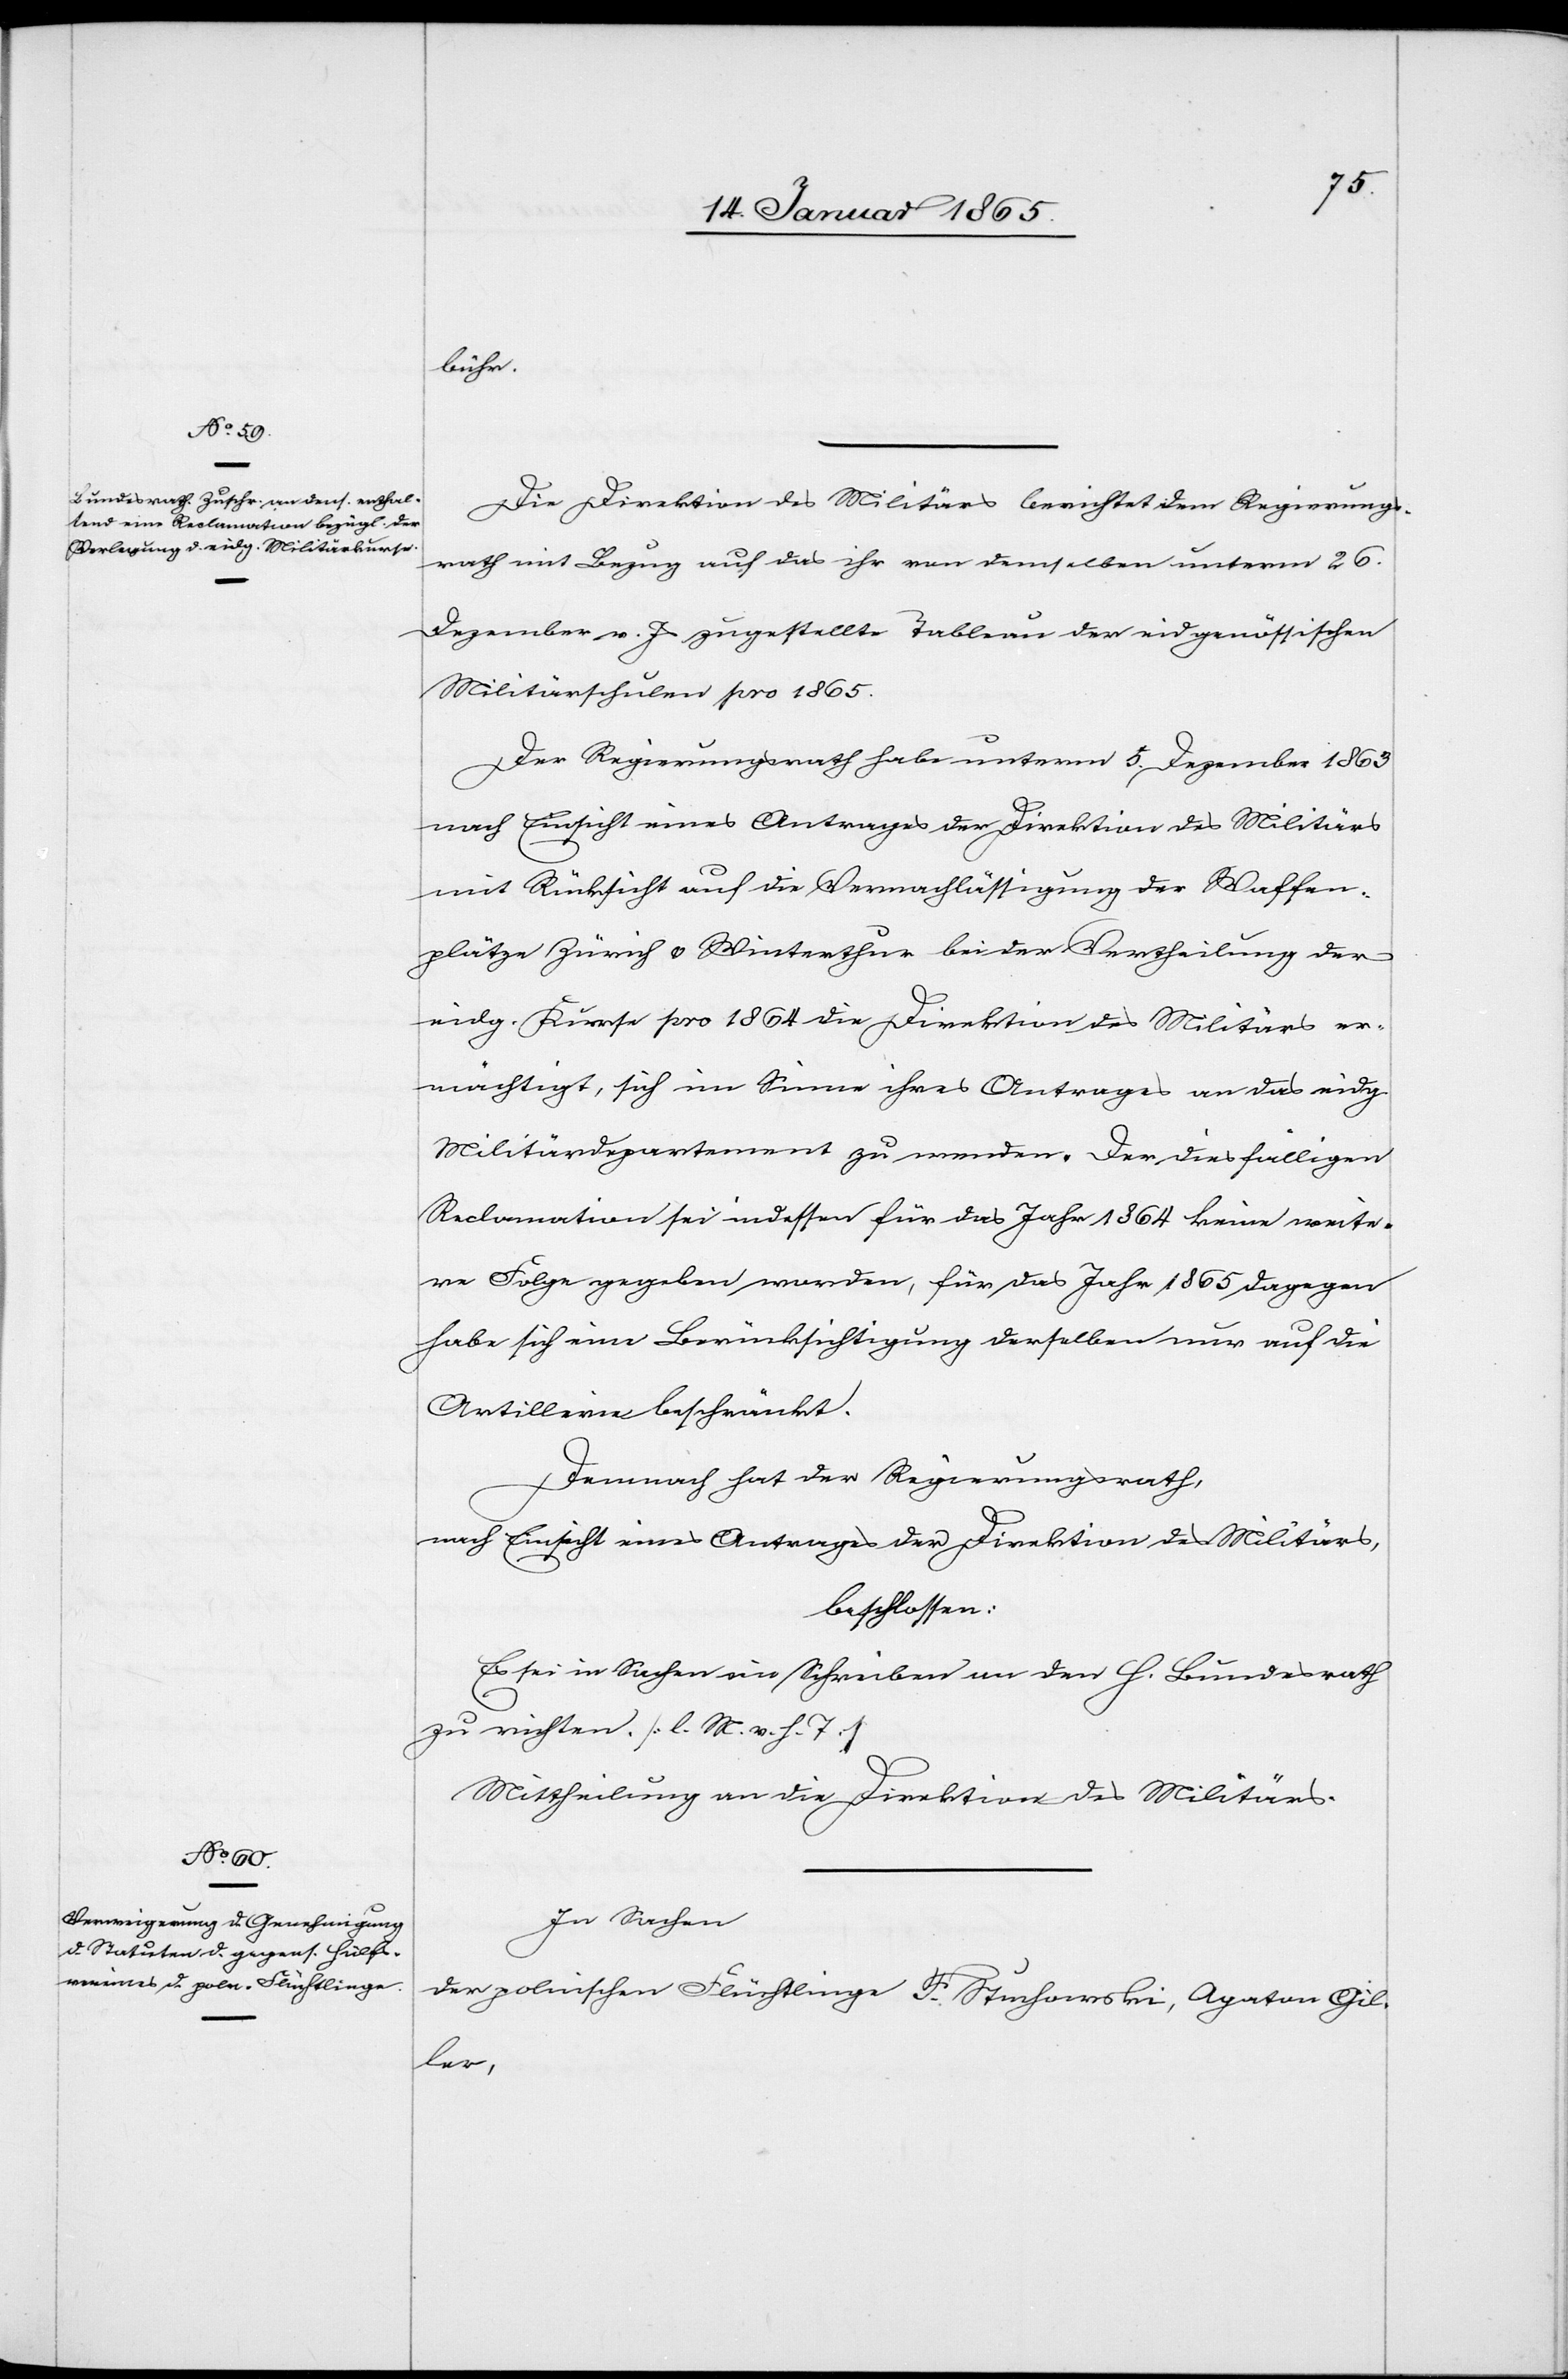
bühr.
Die Direktion des Militärs berichtet dem Regierungs¬
rath mit Bezug auf das ihr von demselben unterm 26.
Dezember v. Js zugestellte Tableau der eidgenössischen
Militärschulen pro 1865.
Der Regierungsrath habe unterm 5. Dezember 1863
nach Einsicht eines Antrages der Direktion des Militärs
mit Rücksicht auf die Vernachlässigung der Waffen¬
plätze Zürich u. Winterthur bei der Vertheilung der
eidg. Kurse pro 1864 die Direktion des Militärs er¬
mächtigt, sich im Sinne ihres Antrages an das eidg.
Militärdepartement zu wenden. Der diesfälligen
Reclamation sei indessen für das Jahr 1864 keine weite¬
re Folge gegeben worden, für das Jahr 1865 dagegen
habe sich eine Berücksichtigung derselben nur auf die
Artillerie beschränkt.
Demnach hat der Regierungsrath,
nach Einsicht eines Antrages der Direktion des Militärs,
beschlossen:
Es sei in Sachen ein Schreiben an den h. Bundesrath
zu richten. [l. M. v. h. T]
In Sachen
der polnischen Flüchtlinge F. Stuchowski, Agaton Gil¬
ler,